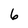
Character: 6